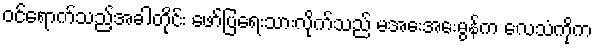
ဝင်ရောက်သည့်အခါတိုင်း ဖော်ပြရေးသားလိုက်သည် မအေးအေးမွန်က လေသံကိုက